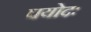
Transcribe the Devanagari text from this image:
पयोदः